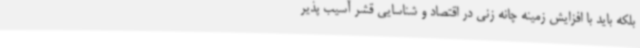
بلکه باید با افزایش زمینه چانه زنی در اقتصاد و شناسایی قشر آسیب پذیر